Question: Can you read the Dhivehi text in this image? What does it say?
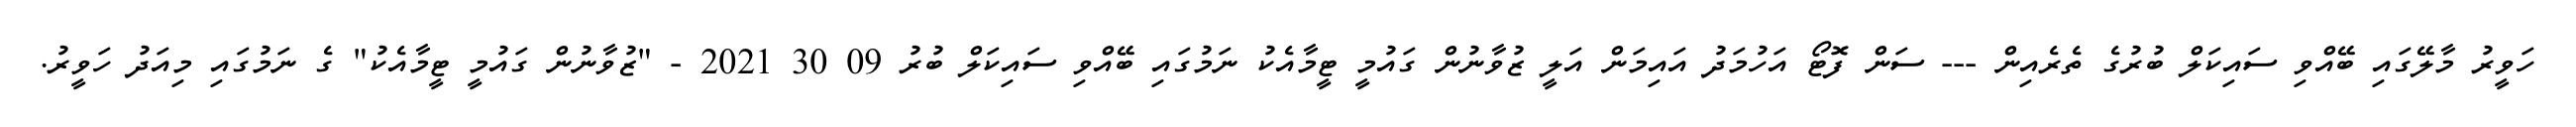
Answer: ހަވީރު މާލޭގައި ބޭއްވި ސައިކަލް ބުރުގެ ތެރެއިން --- ސަން ފޮޓޯ އަހުމަދު އައިމަން އަލީ ޒުވާނުން ގައުމީ ޓީމާއެކު ނަމުގައި ބޭއްވި ސައިކަލް ބުރު 09 30 2021 - "ޒުވާނުން ގައުމީ ޓީމާއެކު" ގެ ނަމުގައި މިއަދު ހަވީރު.